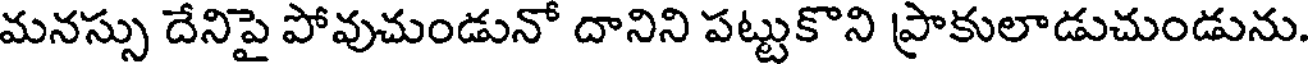
మనస్సు దేనిపై పోవుచుండునో దానిని పట్టుకొని ప్రాకులాడుచుండును.